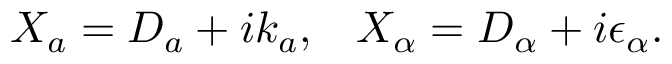
X _ { a } = { \cal D } _ { a } + i k _ { a } , \, \, \, \, \, X _ { \alpha } = { \cal D } _ { \alpha } + i \epsilon _ { \alpha } .